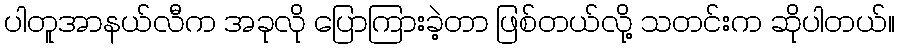
ပါတူအာနယ်လီက အခုလို ပြောကြားခဲ့တာ ဖြစ်တယ်လို့ သတင်းက ဆိုပါတယ်။